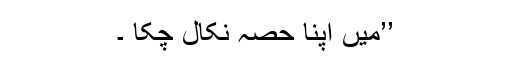
’’میں اپنا حصہ نکال چکا ۔